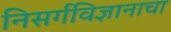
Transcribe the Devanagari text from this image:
निसर्गविज्ञानाचा